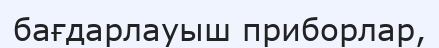
бағдарлауыш приборлар,